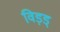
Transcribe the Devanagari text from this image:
विड़ड्